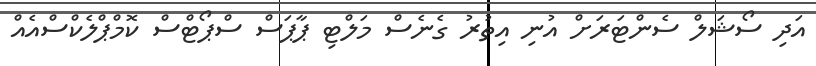
އަދި ސޯޝަލް ސެންޓަރަށް އުނި އިތުރު ގެނެސް މަލްޓި ޕާޕަސް ސްޕޯޓްސް ކޮމްޕްލެކްސްއެއް